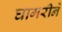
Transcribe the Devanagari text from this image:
घागरीने